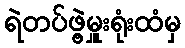
ရဲတပ်ဖွဲ့မှူးရုံးထံမှ